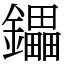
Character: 鑘